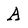
Character: A